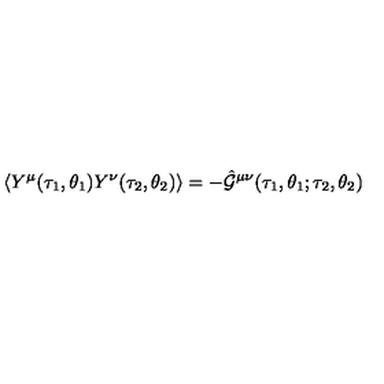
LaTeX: \langle Y ^ { \mu } ( \tau _ { 1 } , \theta _ { 1 } ) Y ^ { \nu } ( \tau _ { 2 } , \theta _ { 2 } ) \rangle = - \hat { \cal G } ^ { \mu \nu } ( \tau _ { 1 } , \theta _ { 1 } ; \tau _ { 2 } , \theta _ { 2 } )